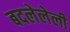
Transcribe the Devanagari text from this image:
बदलेलेली